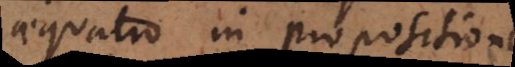
aequatio in propositionem